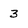
Character: 3